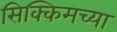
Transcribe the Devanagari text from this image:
सिक्किमच्या